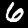
Digit: 6